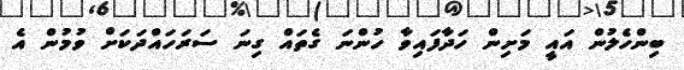
ބިންހެލުން އައީ މަށިން ހަދާފައިވާ ހުންނަ ގެތައް ގިނަ ސަރަހައްދަކަށް ވުމުން އެ